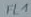
Text: FL1